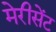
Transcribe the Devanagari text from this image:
मेरीसेंट